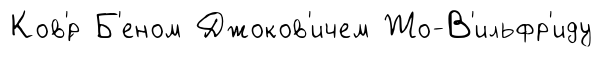
Ков'́р Б'еном Джоков'ичем Жо-В'ильфр'иду